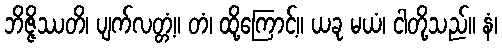
ဘိဇ္ဇိဿတိ၊ ပျက်လတ္တံ့။ တံ၊ ထို့ကြောင့်။ ယခု မယံ၊ ငါတို့သည်။ နံ၊